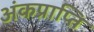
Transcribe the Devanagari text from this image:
अंकप्राप्ति